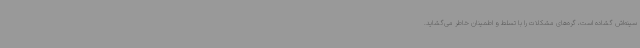
سینه‌اش گشاده است، گره‌های مشکلات را با تسلط و اطمینان خاطر می‌گشاید.